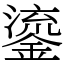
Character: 鎏